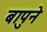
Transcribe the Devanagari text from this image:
बापुने